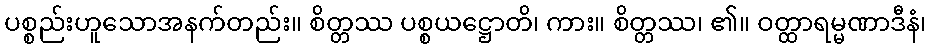
ပစ္စည်းဟူသောအနက်တည်း။ စိတ္တဿ ပစ္စယဋ္ဌောတိ၊ ကား။ စိတ္တဿ၊ ၏။ ဝတ္ထာရမ္မဏာဒီနံ၊